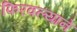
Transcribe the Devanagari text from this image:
फिरवल्याने